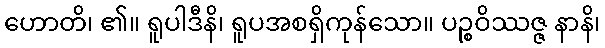
ဟောတိ၊ ၏။ ရူပါဒီနိ၊ ရူပအစရှိကုန်သော။ ပဉ္စဝိဿဇ္ဇ နာနိ၊